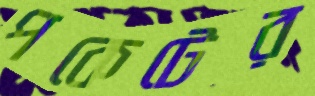
পকেটের